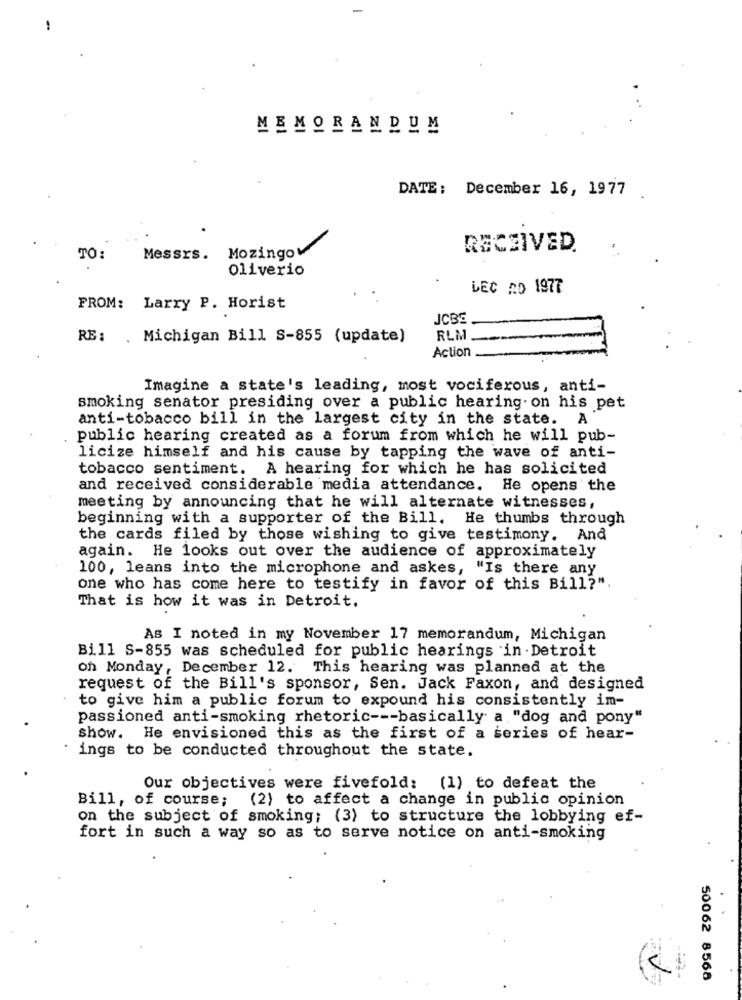
MEMORANDUM
DATE: December 16, 1977
Mozingo
RECEIVED.
TO:
Messrs.
oliverio
LEC RO 1977
FROM: Larry P. Horist
JCBS
RE: . Michigan Bill S-855 (update)
RLM
Action
Imagine a state's leading, most vociferous, anti-
smoking senator presiding over a public hearing on his pet
anti-tobacco bill in the largest city in the state. A
public hearing created as a forum from which he will pub-
licize himself and his cause by tapping the wave of anti-
tobacco sentiment. A hearing for which he has solicited
and received considerable media attendance. He opens the
meeting by announcing that he will alternate witnesses,
beginning with a supporter of the Bill. He thumbs through
the cards filed by those wishing to give testimony. And
again. He looks out over the audience of approximately
100, leans into the microphone and askes, "Is there any
one who has come here to testify in favor of this Bill?".
That is how it was in Detroit.
As I noted in my November 17 memorandum, Michigan
Bill S-855 was scheduled for public hearings in Detroit
on Monday, December 12. This hearing was planned at the
request of the Bill's sponsor, Sen. Jack Faxon, and designed
to give him a public forum to expound his consistently im-
passioned anti-smoking rhetoric --- basically a "dog and pony"
show. He envisioned this as the first of a series of hear-
ings to be conducted throughout the state.
Our objectives were fivefold: (1) to defeat the
Bill, of course; (2) to affect a change in public opinion
on the subject of smoking; (3) to structure the lobbying ef-
fort in such a way so as to serve notice on anti-smoking
50062 8568